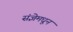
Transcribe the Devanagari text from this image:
संज्ञेमधून